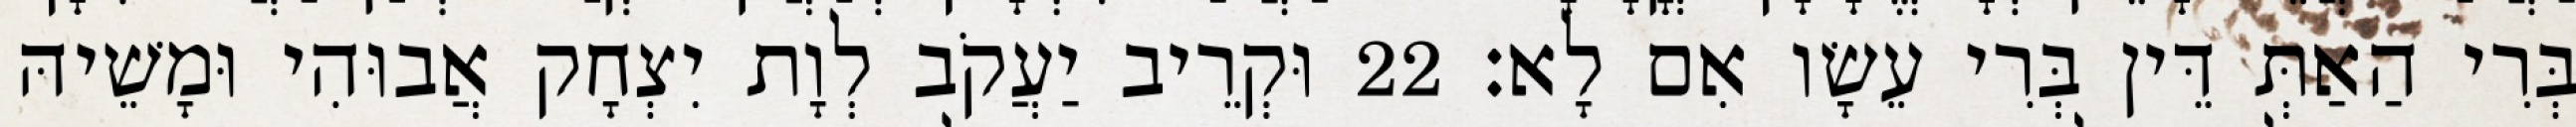
בְּרִי הַאַתְּ דֵּין בְּרִי עֵשָׂו אִם לָא׃ 22 וּקְרֵיב יַעֲקֹב לְוָת יִצְחָק אֲבוּהִי וּמָשֵׁיהּ